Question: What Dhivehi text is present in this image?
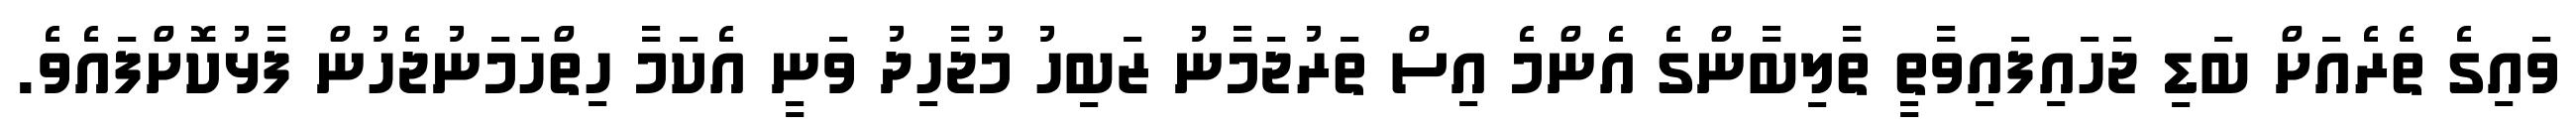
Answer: ވައިގެ ތެރެއަށް ބަޑި ޖަހައިފައިވާތީ ތާލިބާންގެ އެންމެ އިސް ތަރުޖަމާނު ޒަބިހު މުޖާހިދު ވަނީ އެކަމާ ހިތްހަމަނުޖެހުން ފާޅުކޮށްފައެވެ.